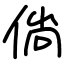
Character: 倘